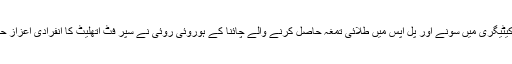
پش اپس کیٹیگری میں سونے اور پل اپس میں طلائی تمغہ حاصل کرنے والے چائنا کے ہوروئی روئی نے سپر فٹ اتھلیٹ کا انفرادی اعزاز حاصل کیا۔